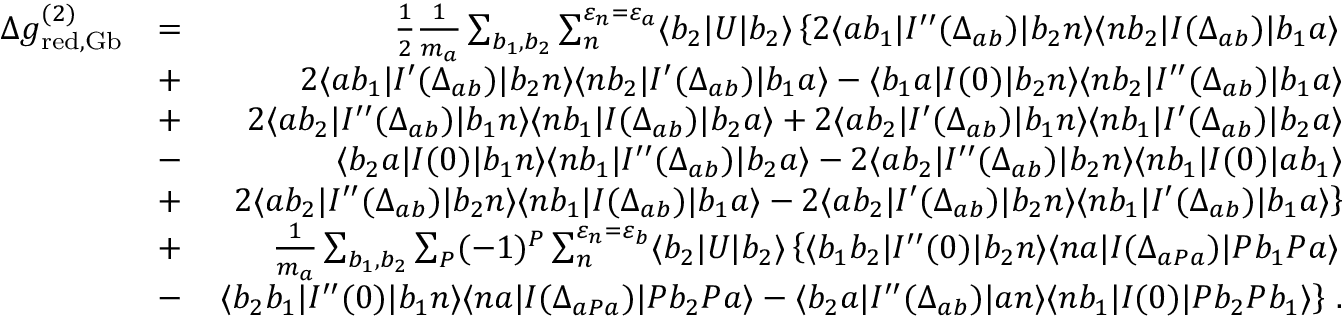
\begin{array} { r l r } { \Delta g _ { \mathrm { r e d , G b } } ^ { ( 2 ) } } & { = } & { \frac 1 2 \frac { 1 } { m _ { a } } \sum _ { b _ { 1 } , b _ { 2 } } \sum _ { n } ^ { \varepsilon _ { n } = \varepsilon _ { a } } \langle b _ { 2 } | U | b _ { 2 } \rangle \left\{ 2 \langle a b _ { 1 } | I ^ { \prime \prime } ( \Delta _ { a b } ) | b _ { 2 } n \rangle \langle n b _ { 2 } | I ( \Delta _ { a b } ) | b _ { 1 } a \rangle \right. } \\ & { + } & { 2 \langle a b _ { 1 } | I ^ { \prime } ( \Delta _ { a b } ) | b _ { 2 } n \rangle \langle n b _ { 2 } | I ^ { \prime } ( \Delta _ { a b } ) | b _ { 1 } a \rangle - \langle b _ { 1 } a | I ( 0 ) | b _ { 2 } n \rangle \langle n b _ { 2 } | I ^ { \prime \prime } ( \Delta _ { a b } ) | b _ { 1 } a \rangle } \\ & { + } & { 2 \langle a b _ { 2 } | I ^ { \prime \prime } ( \Delta _ { a b } ) | b _ { 1 } n \rangle \langle n b _ { 1 } | I ( \Delta _ { a b } ) | b _ { 2 } a \rangle + 2 \langle a b _ { 2 } | I ^ { \prime } ( \Delta _ { a b } ) | b _ { 1 } n \rangle \langle n b _ { 1 } | I ^ { \prime } ( \Delta _ { a b } ) | b _ { 2 } a \rangle } \\ & { - } & { \langle b _ { 2 } a | I ( 0 ) | b _ { 1 } n \rangle \langle n b _ { 1 } | I ^ { \prime \prime } ( \Delta _ { a b } ) | b _ { 2 } a \rangle - 2 \langle a b _ { 2 } | I ^ { \prime \prime } ( \Delta _ { a b } ) | b _ { 2 } n \rangle \langle n b _ { 1 } | I ( 0 ) | a b _ { 1 } \rangle } \\ & { + } & { \left. 2 \langle a b _ { 2 } | I ^ { \prime \prime } ( \Delta _ { a b } ) | b _ { 2 } n \rangle \langle n b _ { 1 } | I ( \Delta _ { a b } ) | b _ { 1 } a \rangle - 2 \langle a b _ { 2 } | I ^ { \prime } ( \Delta _ { a b } ) | b _ { 2 } n \rangle \langle n b _ { 1 } | I ^ { \prime } ( \Delta _ { a b } ) | b _ { 1 } a \rangle \right\} } \\ & { + } & { \frac { 1 } { m _ { a } } \sum _ { b _ { 1 } , b _ { 2 } } \sum _ { P } ( - 1 ) ^ { P } \sum _ { n } ^ { \varepsilon _ { n } = \varepsilon _ { b } } \langle b _ { 2 } | U | b _ { 2 } \rangle \left\{ \langle b _ { 1 } b _ { 2 } | I ^ { \prime \prime } ( 0 ) | b _ { 2 } n \rangle \langle n a | I ( \Delta _ { a P a } ) | P b _ { 1 } P a \rangle \right. } \\ & { - } & { \left. \langle b _ { 2 } b _ { 1 } | I ^ { \prime \prime } ( 0 ) | b _ { 1 } n \rangle \langle n a | I ( \Delta _ { a P a } ) | P b _ { 2 } P a \rangle - \langle b _ { 2 } a | I ^ { \prime \prime } ( \Delta _ { a b } ) | a n \rangle \langle n b _ { 1 } | I ( 0 ) | P b _ { 2 } P b _ { 1 } \rangle \right\} \, . } \end{array}